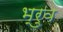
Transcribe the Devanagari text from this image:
भ्रुव